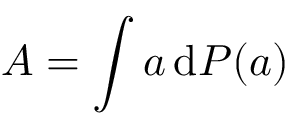
A = \int a \, \mathrm { d } P ( a )